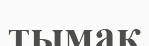
тымақ